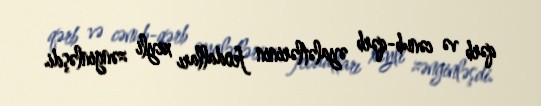
qərb və cənub-qərb əyalətlərinin feodalları xeyli zənginləşdi.